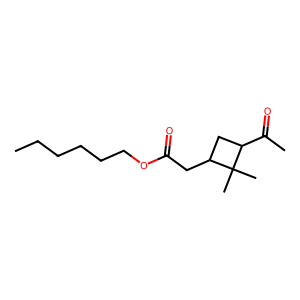
SMILES: CCCCCCOC(=O)CC1CC(C(C)=O)C1(C)C
Inhibits HIV replication: No